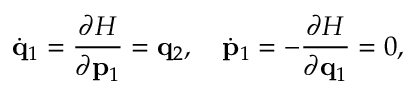
\dot { \bf q } _ { 1 } = { \frac { \partial H } { \partial { \bf p } _ { 1 } } } = { \bf q } _ { 2 } , \quad \dot { \bf p } _ { 1 } = - { \frac { \partial H } { \partial { \bf q } _ { 1 } } } = 0 ,